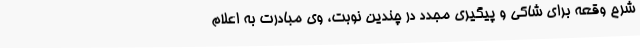
شرح وقعه برای شاکی و پیگیری مجدد در چندین نوبت، وی مبادرت به اعلام